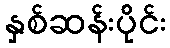
နှစ်ဆန်းပိုင်း